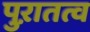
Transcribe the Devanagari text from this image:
पुऱातत्व